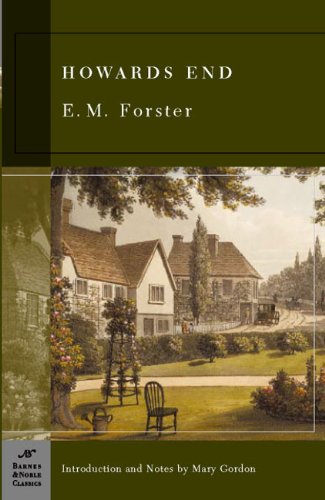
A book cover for Howards End (Barnes & Noble Classics); E.M. Forster; Crafts, Hobbies & Home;